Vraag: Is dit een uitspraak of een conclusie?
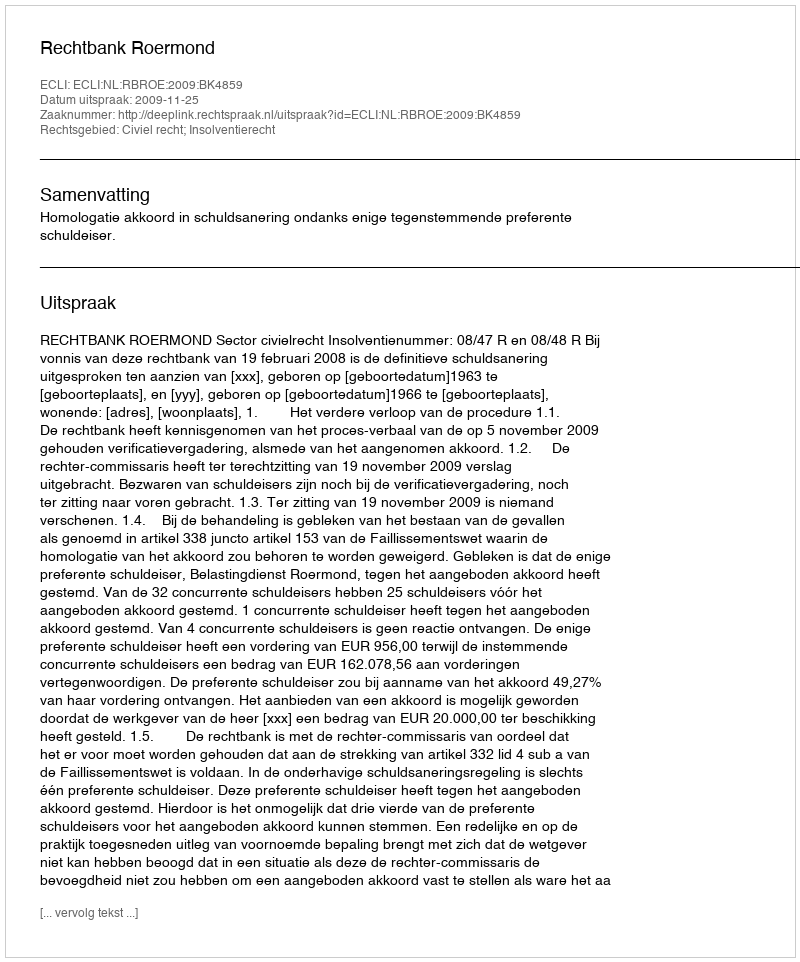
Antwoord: Uitspraak